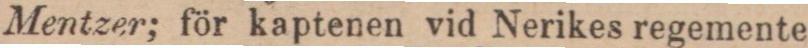
Mentzer; för kaptenen vid Nerikes regemente